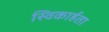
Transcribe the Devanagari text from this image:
स्विकार्हता